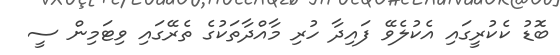
ބޮޑު ކެކުރީގައި އެކުލެވޭ ފައިދާ ހުރި މާއްދާތަކުގެ ތެރޭގައި ވިޓަމިން ސީ